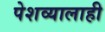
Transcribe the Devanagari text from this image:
पेशव्यालाही